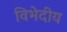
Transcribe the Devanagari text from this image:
विभेदीय